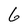
Character: 6